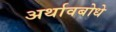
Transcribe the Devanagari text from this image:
अर्थावबोधे